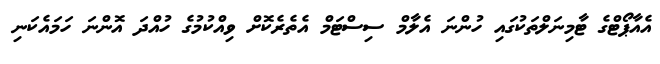
އެއާޕޯޓްގެ ޓާމިނަލްތަކުގައި ހުންނަ އެލާމް ސިސްޓަމް އެތެރެކޮށް ވިއްކުމުގެ ހުއްދަ އޮންނަ ހަމައެކަނި